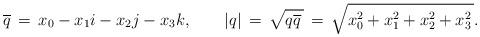
LaTeX: \begin{align*} \overline q\,=\,x_0-x_1i-x_2 j-x_3k,\qquad|q|\,=\,\sqrt{q\overline q\,}\,=\,\sqrt{x_0^2+x_1^2+x_2^2+x_3^2\,}. \end{align*}